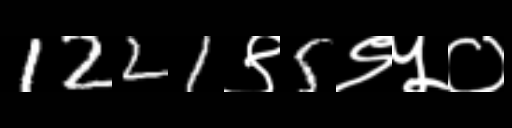
Text: 1221९5९५०